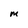
Character: M